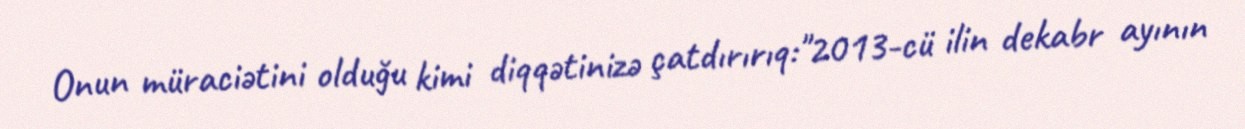
Onun müraciətini olduğu kimi diqqətinizə çatdırırıq:"2013-cü ilin dekabr ayının